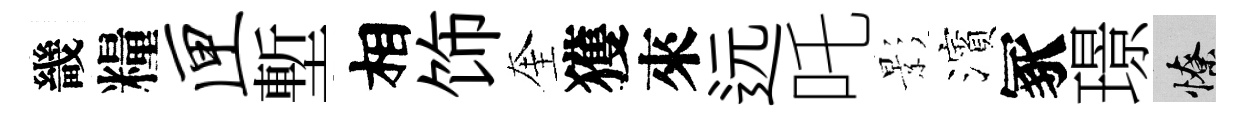
畿糧匣塹相饰奎獲來远吒影濱冢璟憭